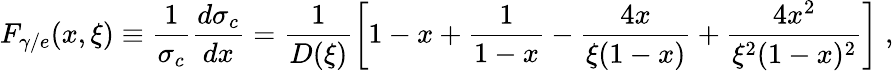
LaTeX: F_{\gamma/e}(x,\xi)\equiv\frac{1}{\sigma_{c}}\frac{d\sigma_{c}}{dx}=\frac{1}{D(\xi)}\left[1-x+\frac{1}{1-x}-\frac{4x}{\xi(1-x)}+\frac{4x^{2}}{\xi^{2}(1-x)^{2}}\right]\; ,